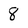
Character: 8